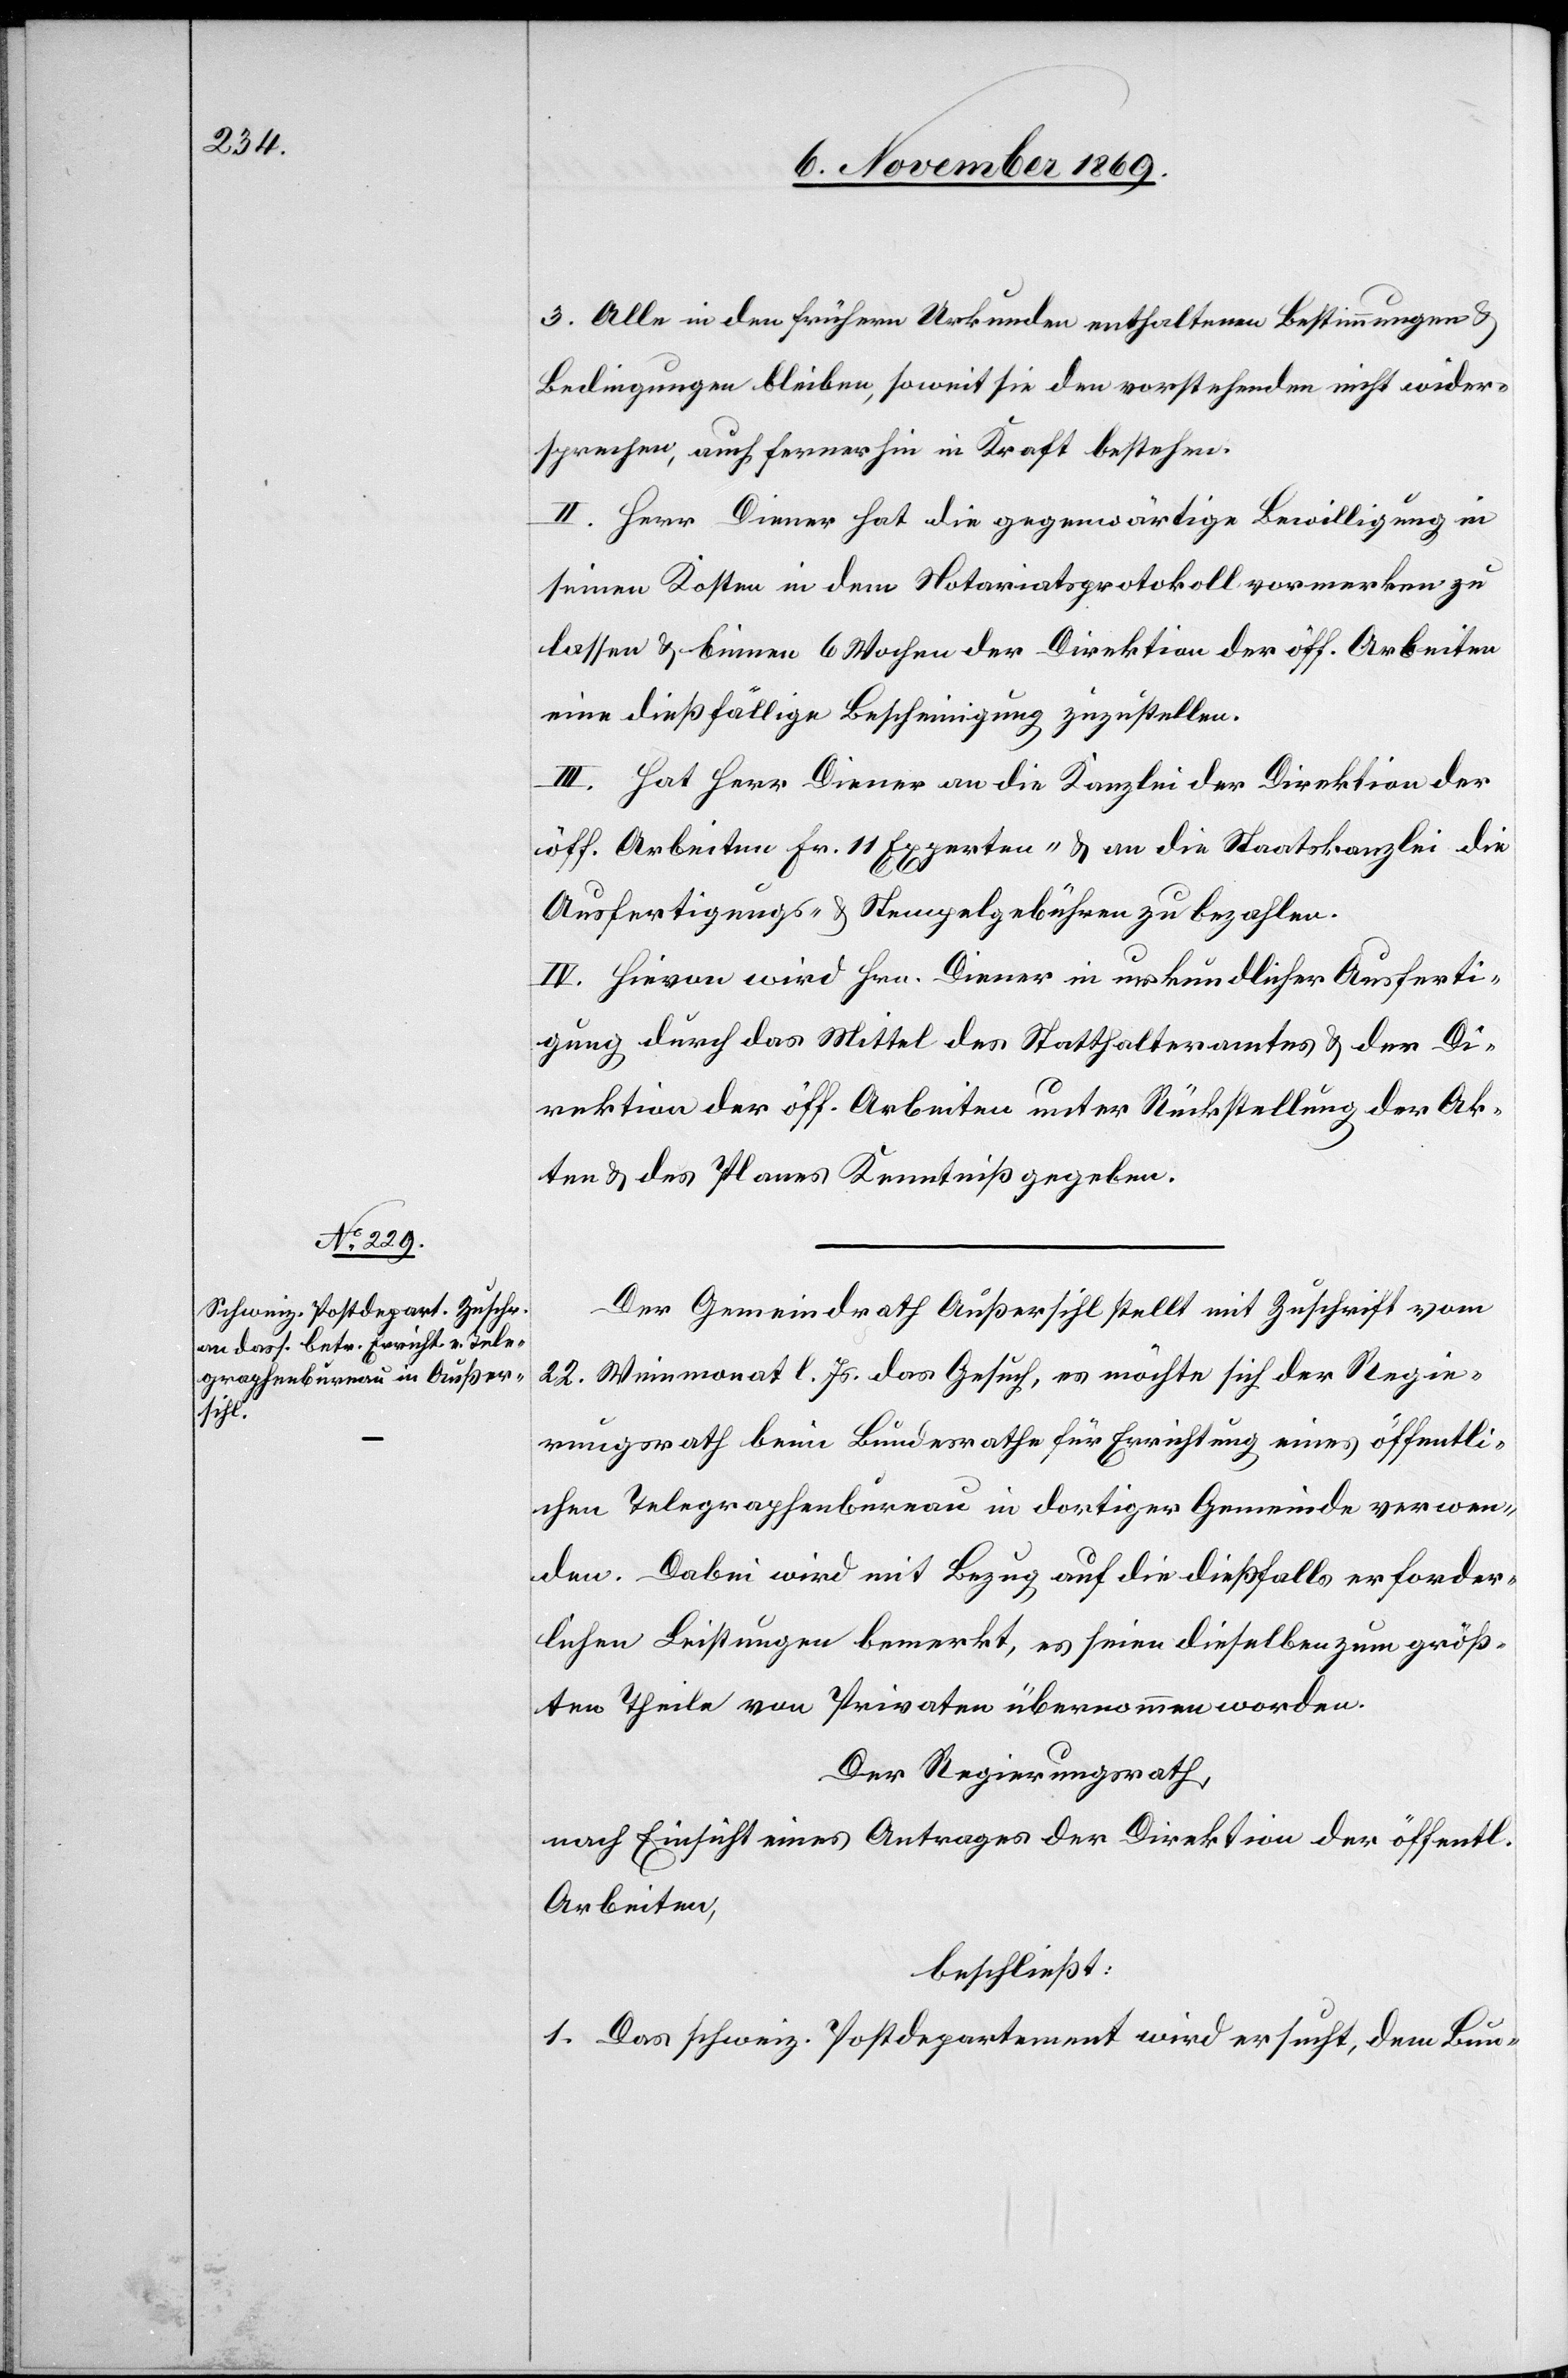
3. Alle in den frühern Urkunden enthaltenen Bestimmungen &
Bedingungen bleiben, soweit sie den vorstehenden nicht wider¬
sprechen, auch fernerhin in Kraft bestehen.
II. Herr Diener hat die gegenwärtige Bewilligung in
seinen Kosten in dem Notariatsprotokoll vormerken zu
lassen & binnen 6 Wochen der Direktion der öff. Arbeiten
eine dießfällige Bescheinigung zuzustellen.
III. Hat Herr Diener an die Kanzlei der Direktion der
öff. Arbeiten Fr. 11 Experten- & an die Staatskanzlei die
Ausfertigungs- & Stempelgebühren zu bezahlen.
IV. Hievon wird Hrn. Diener in urkundlicher Ausferti¬
gung durch das Mittel des Statthalteramtes & der Di¬
rektion der öff. Arbeiten unter Rückstellung der Ak¬
ten & des Planes Kenntniß gegeben.
Der Gemeindrath Außersihl stellt mit Zuschrift vom
22. Weinmonat l. Js. das Gesuch, es möchte sich der Regie¬
rungsrath beim Bundesrathe für Errichtung eines öffentli¬
chen Telegraphenbureau in dortiger Gemeinde verwen¬
den. Dabei wird mit Bezug auf die dießfalls erforder¬
lichen Leistungen bemerkt, es seien dieselben zum größ¬
ten Theile von Privaten übernommen worden.
Der Regierungsrath,
nach Einsicht eines Antrages der Direktion der öffentl.
Arbeiten,
beschließt:
1. Das schweiz. Postdepartement wird ersucht, dem Bun-